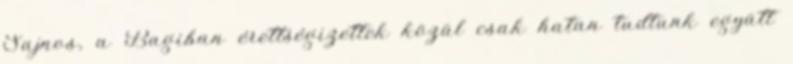
Sajnos, a Bagiban érettségizettek közül csak hatan tudtunk együtt